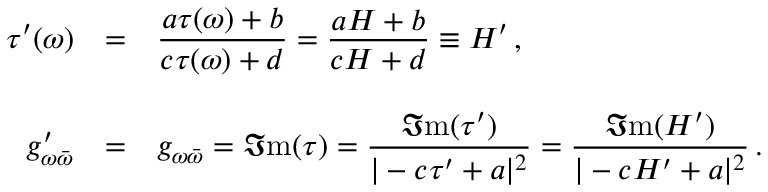
\begin{array} { r c l } { { \tau ^ { \prime } ( \omega ) } } & { { = } } & { { { \displaystyle \frac { a \tau ( \omega ) + b } { c \tau ( \omega ) + d } } = { \displaystyle \frac { a { \cal H } + b } { c { \cal H } + d } } \equiv { \cal H } ^ { \prime } \, , } } \\ { { } } & { { } } & { { } } \\ { { g _ { \omega \bar { \omega } } ^ { \prime } } } & { { = } } & { { g _ { \omega \bar { \omega } } = \Im \mathrm { m } ( \tau ) = { \displaystyle \frac { \Im \mathrm { m } ( \tau ^ { \prime } ) } { | - c \tau ^ { \prime } + a | ^ { 2 } } } = { \displaystyle \frac { \Im \mathrm { m } ( { \cal H } ^ { \prime } ) } { | - c { \cal H } ^ { \prime } + a | ^ { 2 } } } \, . } } \end{array}